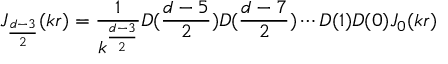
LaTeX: J _ { \frac { d - 3 } { 2 } } ( k r ) = \frac { 1 } { k ^ { \frac { d - 3 } { 2 } } } D ( \frac { d - 5 } { 2 } ) D ( \frac { d - 7 } { 2 } ) \cdots D ( 1 ) D ( 0 ) J _ { 0 } ( k r )